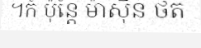
។ក៍ ប៉ុន្តែ ម៉ាស៊ីន ថត